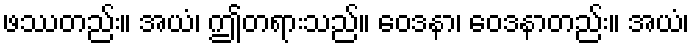
ဖဿတည်း။ အယံ၊ ဤတရားသည်။ ဝေဒနာ၊ ဝေဒနာတည်း။ အယံ၊